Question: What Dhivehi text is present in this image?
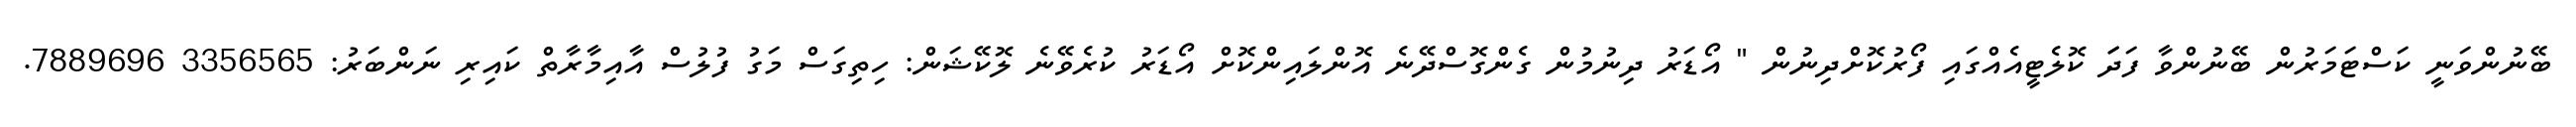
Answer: ބޭނުންވަނީ ކަސްޓަމަރުން ބޭނުންވާ ފަދަަ ކޮލެޓީއެއްގައި ފޯރުކޮށްދިނުން " އޯޑަރު ދިނުމުން ގެންގޮސްދޭނެ އޮންލައިންކޮށް އޯޑަރު ކުރެވޭނެ ލޮކޭޝަން: ހިތިގަސް މަގު ފުލުސް އާއިމާރާތް ކައިރި ނަންބަރު: 3356565 7889696.